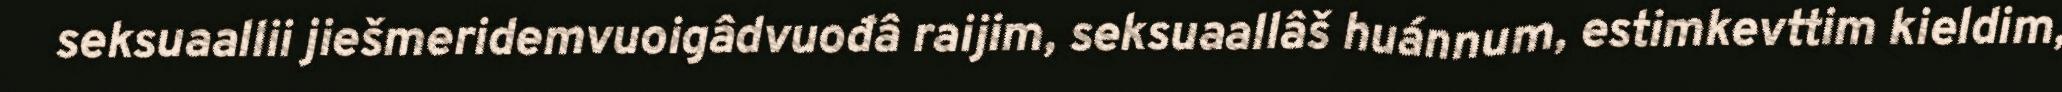
seksuaallii jiešmeridemvuoigâdvuođâ raijim, seksuaallâš huánnum, estimkevttim kieldim,